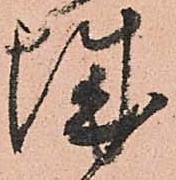
城